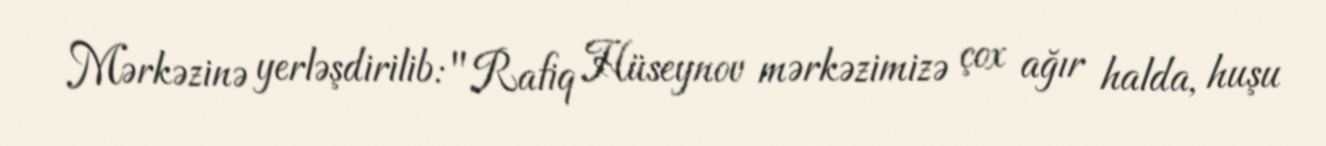
Mərkəzinə yerləşdirilib: "Rafiq Hüseynov mərkəzimizə çox ağır halda, huşu